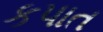
કપાત